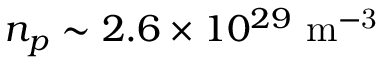
n _ { p } \sim 2 . 6 \times 1 0 ^ { 2 9 } \ \mathrm { m ^ { - 3 } }